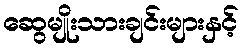
ဆွေမျိုးသားချင်းများနှင့်